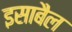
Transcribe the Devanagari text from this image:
इसाबैल